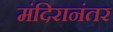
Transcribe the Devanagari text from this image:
मंदिरानंतर